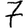
Digit: 7